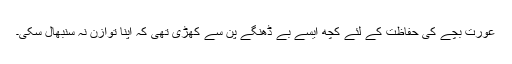
عورت بچے کی حفاظت کے لئے کچھ ایسے بے ڈھنگے پن سے کھڑی تھی کہ اپنا توازن نہ سنبھال سکی۔